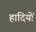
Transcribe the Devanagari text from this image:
हादियों